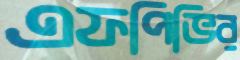
এফপিভির